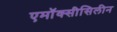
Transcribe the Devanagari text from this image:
एमॉक्सीसिलीन